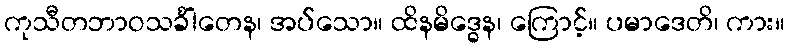
ကုသီတဘာဝသင်္ခါတေန၊ အပ်သော။ ထိနမိဒ္ဓေန၊ ကြောင့်။ ပမာဒေတိ၊ ကား။